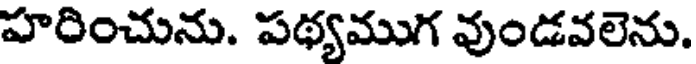
హరించును. పథ్యముగ వుండవలెను.